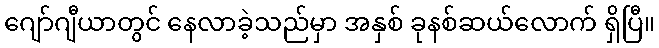
ဂျော်ဂျီယာတွင် နေလာခဲ့သည်မှာ အနှစ် ခုနစ်ဆယ်လောက် ရှိပြီ။